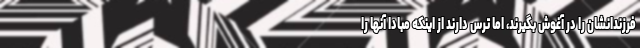
فرزندانشان را در آغوش بگیرند، اما ترس دارند از اینکه مبادا آنها را